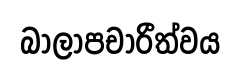
බාලාපචාරීත්වය